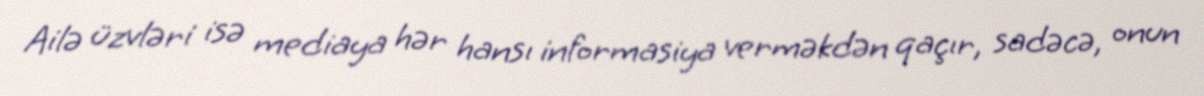
Ailə üzvləri isə mediaya hər hansı informasiya verməkdən qaçır, sadəcə, onun